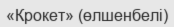
«Крокет» (өлшенбелі)